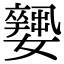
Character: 𡣼